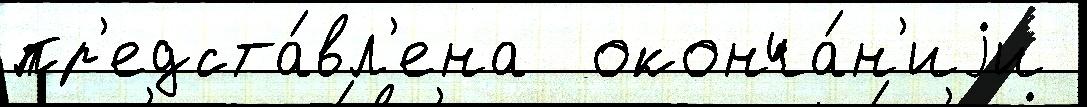
пр'едста́вл'ена  оконча́н'иjи